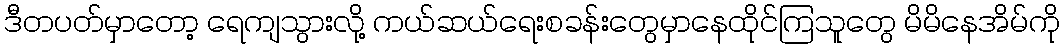
ဒီတပတ်မှာတော့ ရေကျသွားလို့ ကယ်ဆယ်ရေးစခန်းတွေမှာနေထိုင်ကြသူတွေ မိမိနေအိမ်ကို